Code of medical and sanitary regulations for the guidance of medical officers serving in the Madras Presidency - Volume I
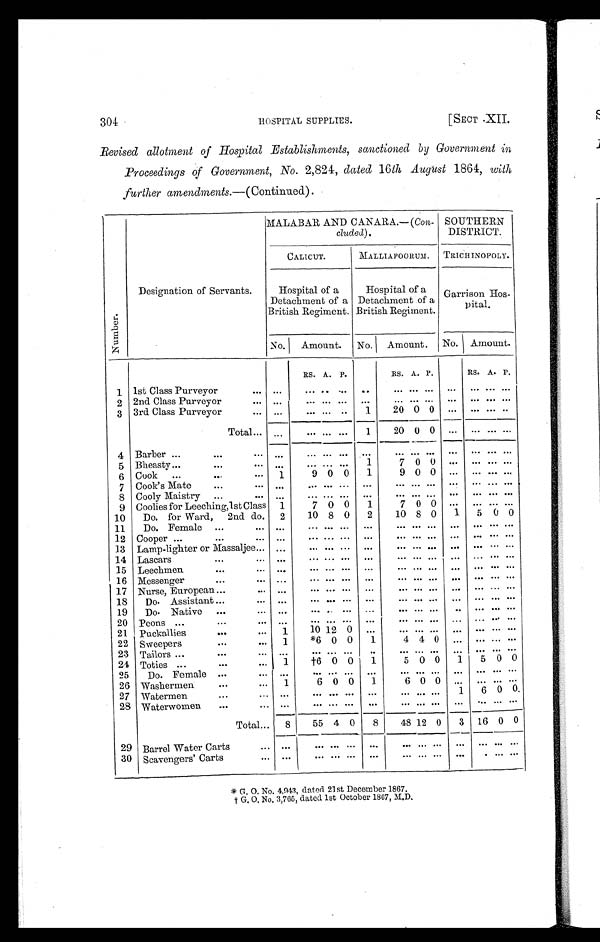
304
HOSPITAL SUPPLIES.
[SECT XII.
Revised allotment of Hospital Establishments, sanctioned by Government in
Proceedings of Government, No. 2,824, dated 16 th August 1864, with
further amendments. —(Continued).
N u mb e r .
Designation of Servants.
MALABAR AND CANARA.—( Con-
cluded).
SOUTHERN
DISTRICT.
CALICUT.
MALLIAPOORUM.
T R I C H I N O P O L Y .
Hospital of a
Detachment of a
British Regiment.
Hospital of a
Detachment of a
British Regiment.
Garrison Hos-
pital.
No.
Amount. No. Amount. No. Amount.
RS. A. P.
RS. A. P.
RS. A. P.
1 1st Class Purveyor
. . .
. . .
. . . . . . . . . ...
... ... ...
... ... ... ...
2 2nd Class Purveyor
. . .
. . .
. . . . . . . . . ...
. . . ...
. . . ...
. . . ... ...
3 3rd Class Purveyor
. . .
. . . ... ... ..
1
20 0 0
... ... ... ...
Total . . . ...
. . .
. . .
. . .
1
20 0 0
...
. . . ... ...
4 Barber ...
...
. . . ...
. . .
. . . . . . ...
. . . ...
. . .
...
. . . ... ...
5 Bheasty . . .
...
. . . . . .
. . .
. . . . . . 1
7 0 0 ... ... ... ...
6 Cook ...
...
. . . 1
9 0 0
1
9 0
0 ...
. . . ... ...
7 Cook's Mate
...
. . .
. . .
. . . . . .
. . . ...
. . . ...
. . . ...
. . . ... ...
8 Cooly Maistry ...
. . . ...
... ... ... ...
. . .
...
. . .
...
. . . ... ...
9 Coolies for Leeching, lst Class 1
7 0 0
1
7 0 0
... ... ... ...
10
Do. for Ward, 2nd do.
2
10 8 0
2
10 8 0
1
5 0 0
11
Do. Female ...
. . .
. . .
. . . . . .
. . . ...
. . . ...
. . .
. . .
. . . . . .
. . .
12 Cooper ...
...
. . .
. . .
... ... ...
. . .
. . . ...
. . .
. . .
. . . . . .
. . .
13 Lamp-lighter or Massaljee . . .
. . .
. . . . . .
. . . ...
. . . ...
. . .
. . .
. . . . . .
. . .
14 Lascars
...
. . .
. . .
. . . . . .
. . . ...
. . . ...
. . .
. . .
. . . . . .
. . .
15 Leechmen
...
. . .
. . .
. . . . . . . . .
. . .
. . . ...
. . .
. . .
. . . . . .
. . .
16 Messenger
...
. . .
. . .
. . . . . . . . .
. . .
. . . ...
. . .
. . .
. . . . . .
. . .
17 Nurse, European ...
. . .
. . .
. . . . . .
. . . ...
. . . ...
. . .
. . .
. . . . . .
. . .
18
Do. Assistant ...
. . .
. . .
. . . . . .
. . . ...
. . . ...
. . .
. . .
. . . . . .
. . .
19
Do. Native ...
. . . ...
. . . . . .
. . . ...
. . . ...
. . .
. . .
. . . . . .
. . .
20 Peons . . .
...
. . .
. . .
. . . . . . . . .
. . .
. . . ...
. . .
. . .
. . . . . .
. . .
21 Puckallies
...
. . . 1
10 12 0 ...
. . . ...
. . .
. . .
. . . . . .
. . .
22 Sweepers
...
. . . 1
*6 0 0
1
4 4 0 ... ... ... ...
23 Tailors ...
...
. . .
. . .
. . . . . .
. . .
. . .
. . . ...
. . .
...
. . .
... ...
24 Toties ...
...
. . . 1
†6 0 0
1
5 0 0
1
5 0 0
25
Do. Female ...
. . .
. . .
. . . . . . . . .
. . .
. . . ...
. . .
. . .
. . . . . .
. . .
26 Washermen
...
. . . 1
6 0 0
1
6 0 0 ... ...
. . . ...
27 Watermen
...
. . .
. . .
. . . . . .
. . .
...
. . . ...
. . . 1
6 0
0
28 Waterwomen ...
... ...
. . . . . .
. . .
...
. . . ...
. . .
. . .
. . . . . .
. . .
Total . . . 8
55 4 0
8
48 12 0
3 16 0 0
29 Barrel Water Carts
... ...
. . . . . .
. . .
...
. . .
...
. . .
...
. . .
... ...
30 Scavengers' Carts
... ...
... ... ... ...
. . .
...
. . .
...
. . .
... ...
* G. O. No. 4,943, dated 21st December 1867.
† G . O . N o , 3 , 7 6 5 , d a t e d 1 s t O c t o b e r 1 8 6 7 , M . D .